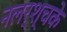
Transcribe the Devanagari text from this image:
नलर्श्चके